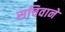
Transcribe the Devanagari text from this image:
सचिवाने